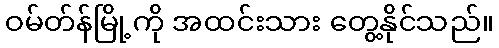
ဝမ်တ်န်မြို့ကို အထင်းသား တွေ့နိုင်သည်။